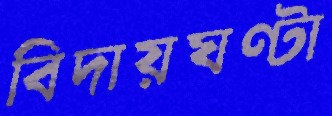
বিদায়ঘণ্টা